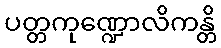
ပတ္တကုဏ္ဍောလိကန္တိ